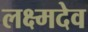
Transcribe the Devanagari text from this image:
लक्ष्मदेव